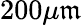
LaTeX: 200\mu\mathfrak{m}